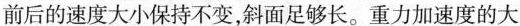
前后的速度大小保持不变，斜面足够长。重力加速度的大